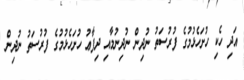
އަދި ހެކި ހުށަހެޅުމުގެ ފުރުސަތު ނުދިން ނުދިނުމާއި ދިފާޢު ހުށަހެޅުމުގެ ފުރުސަތު ނުދިން